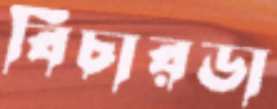
বিচারডা